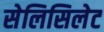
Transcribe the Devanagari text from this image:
सेलिसिलेट